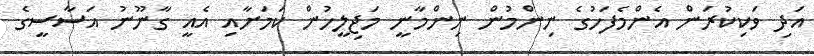
އަދި ވަކިކުރަން އެންމެފަހުގެ ނިންމުން ނިންމާނީ މަޖިލީހުން ކަމަށާއި އެއީ ގާނޫނު އަސާސީގެ